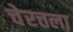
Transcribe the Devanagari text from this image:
चेरत्तला